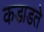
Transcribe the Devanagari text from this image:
कडाडते